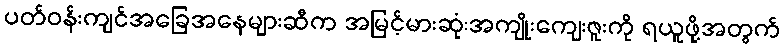
ပတ်ဝန်းကျင်အခြေအနေများဆီက အမြင့်မားဆုံးအကျိုးကျေးဇူးကို ရယူဖို့အတွက်